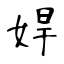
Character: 娨